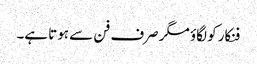
فنکار کو لگاؤ مگر صرف فن سے ہوتا ہے۔